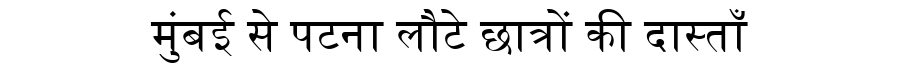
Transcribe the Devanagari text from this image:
मुंबई से पटना लौटे छात्रों की दास्ताँ